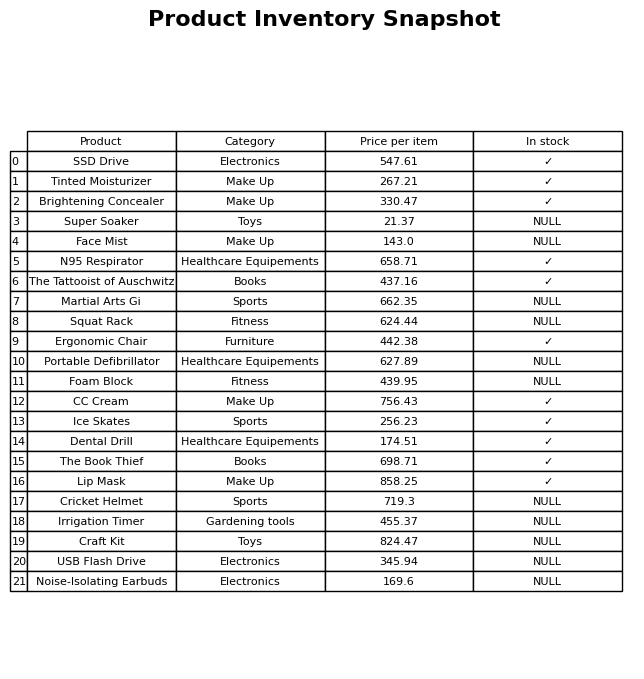
question: What category does the The Tattooist of Auschwitz belong to?
answer: Books